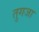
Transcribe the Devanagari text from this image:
तुगजा